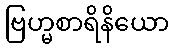
ဗြဟ္မစာရိနိယော